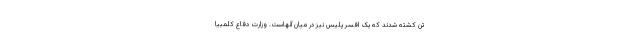
تن کشته شدند که یک افسر پلیس نیز در میان آنهاست. وزارت دفاع کلمبیا